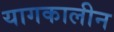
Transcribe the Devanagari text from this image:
यागकालीन